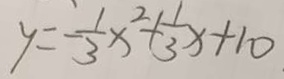
y = - \frac { 1 } { 3 } x ^ { 2 } + \frac { 1 } { 3 } x + 1 0